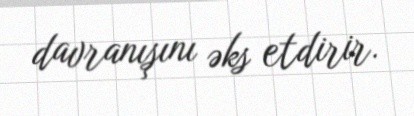
davranışını əks etdirir.